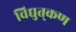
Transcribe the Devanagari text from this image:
विद्युत्‌कण